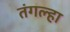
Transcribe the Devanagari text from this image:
तंगल्हा